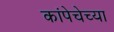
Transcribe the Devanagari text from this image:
कांपेचेच्या